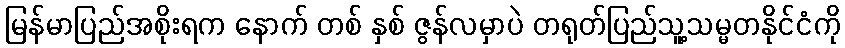
မြန်မာပြည်အစိုးရက နောက် တစ် နှစ် ဇွန်လမှာပဲ တရုတ်ပြည်သူ့သမ္မတနိုင်ငံကို